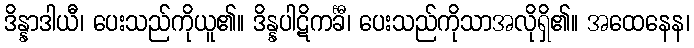
ဒိန္နာဒါယီ၊ ပေးသည်ကိုယူ၏။ ဒိန္နပါဋိကင်္ခီ၊ ပေးသည်ကိုသာအလိုရှိ၏။ အထေနေန၊